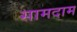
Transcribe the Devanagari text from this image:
सामदाम